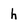
Character: h